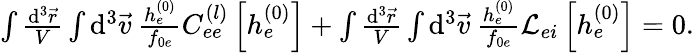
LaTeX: \begin{array}{r}{\int\frac{\mathrm{d}^{3}\vec{r}}{V}\int\mathrm{d}^{3}\vec{v}\: \frac{h_{e}^{(0)}}{f_{0e}}C_{ee}^{(l)}\left[h_{e}^{(0)}\right]+\int\frac{\mathrm{d}^{3}\vec{r}}{V}\int\mathrm{d}^{3}\vec{v}\: \frac{h_{e}^{(0)}}{f_{0e}}\mathcal{L}_{ei}\left[h_{e}^{(0)}\right]=0.}\end{array}